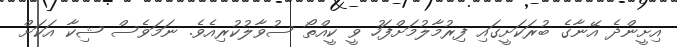
އިށީންދެ އޭނާގެ ބުރަކަށީގައި ފިރުމާލުމަށްފަހު ވީ ކީއްތޯ ސުވާލުކުރިއެވެ. ނަމަވެސް ޝިކާ އަކަށް